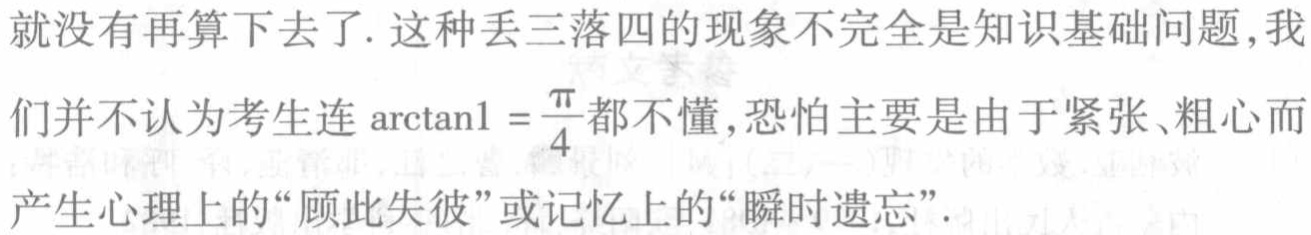
就没有再算下去了. 这种丢三落四的现象不完全是知识基础问题,我们并不认为考生连\(\arctan1 = \frac{\pi}{4}\)都不懂, 恐怕主要是由于紧张、粗心而产生心理上的“顾此失彼”或记忆上的“瞬时遗忘”.